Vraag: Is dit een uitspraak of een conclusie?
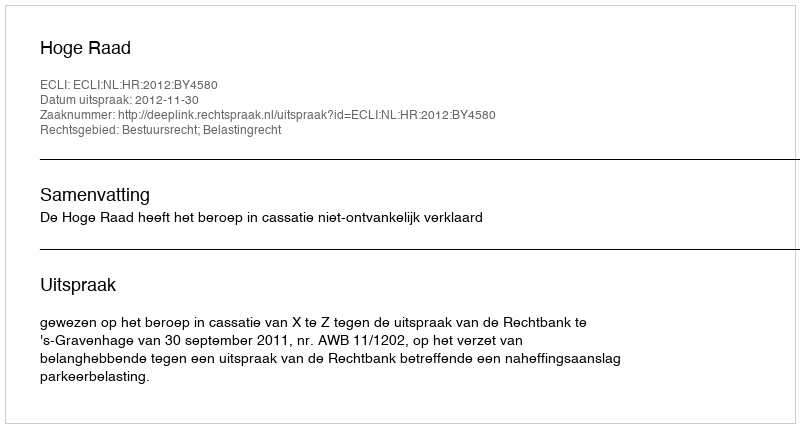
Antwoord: Uitspraak